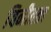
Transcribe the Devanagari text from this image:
विनीतता